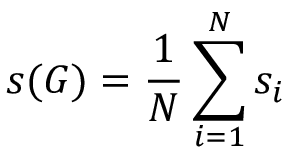
s ( G ) = \frac { 1 } { N } \sum _ { i = 1 } ^ { N } s _ { i }